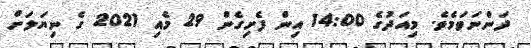
ދަންނަވަމެވެ. މިއަދުގެ 14:00 އިން ފެށިގެން 29 މެއި 2021 ގެ ނިޔަލަށް